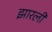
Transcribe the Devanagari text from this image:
झारली